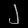
Digit: ၂